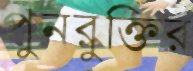
পুনরুক্তির